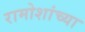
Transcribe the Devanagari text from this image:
रामोशांच्या